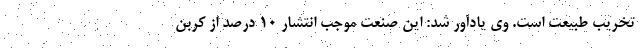
تخریب طبیعت است. وی یادآور شد: این صنعت موجب انتشار ۱۰ درصد از کربن